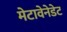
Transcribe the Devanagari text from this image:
मेटावेनेडेट